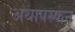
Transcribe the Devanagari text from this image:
अथापस्कन